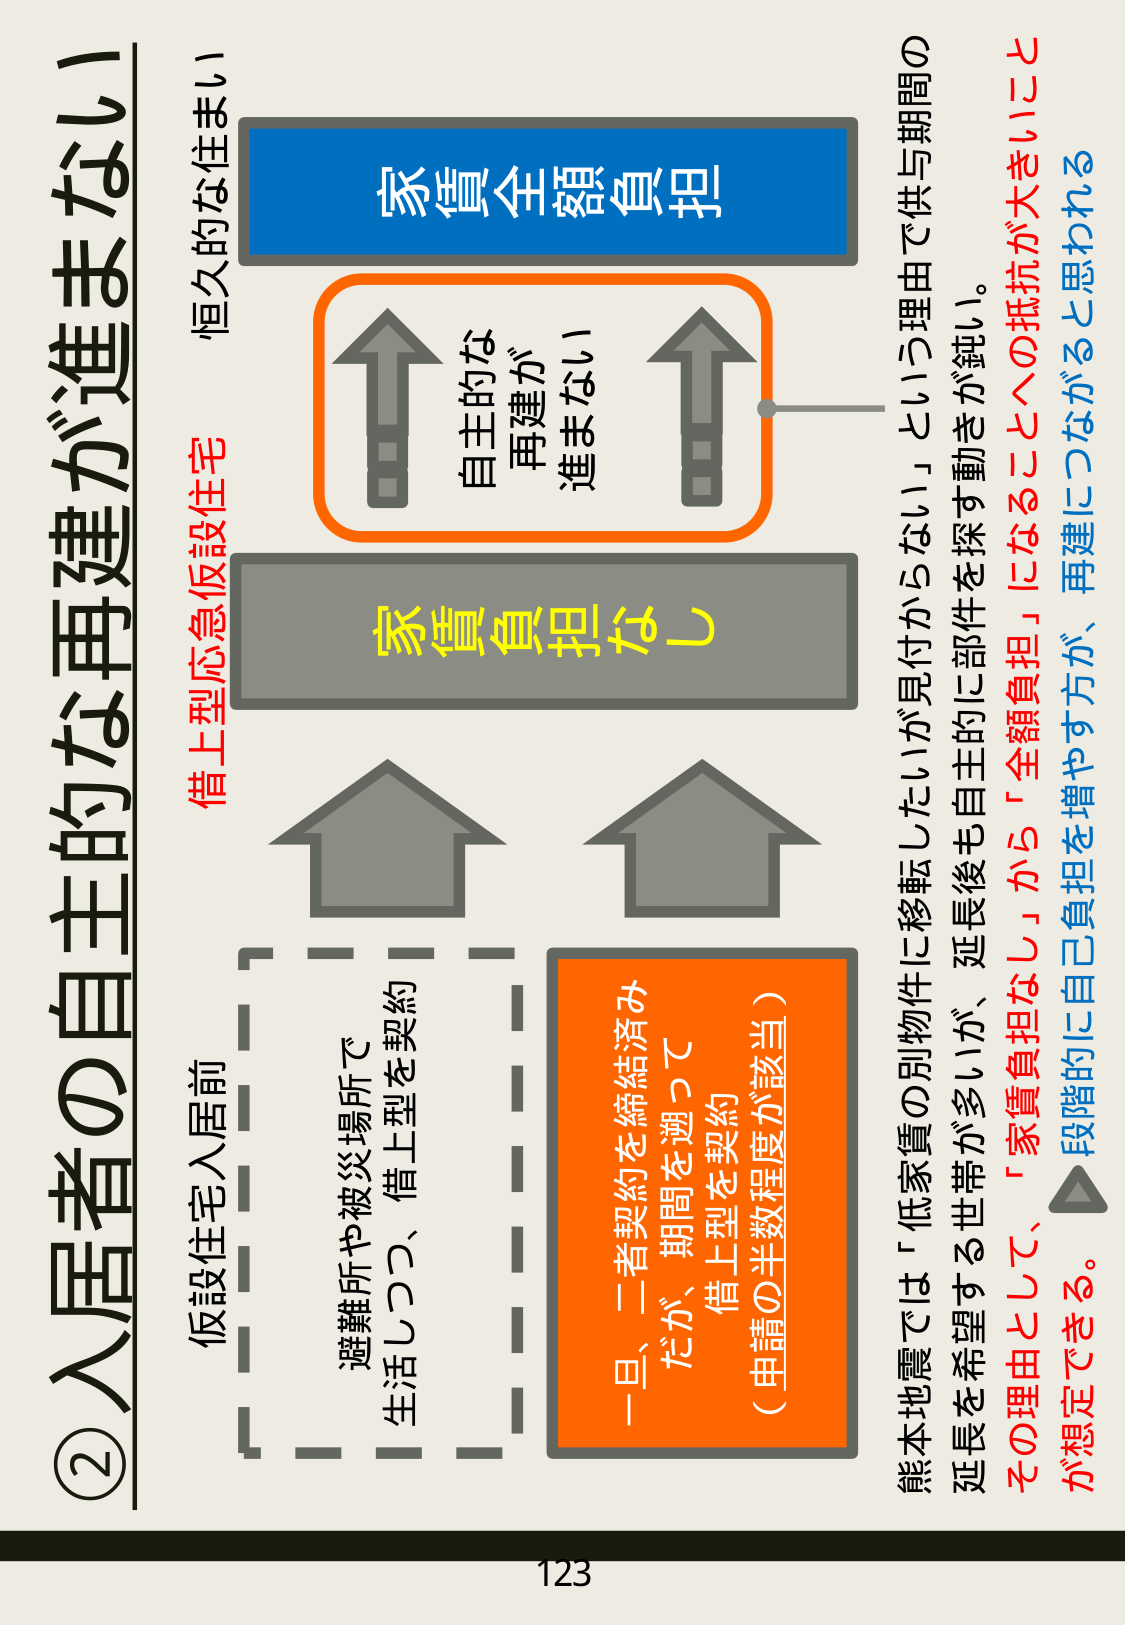
②入居者の自主的な再建が進まない

仮設住宅入居前
避難所や被災場所で
生活しつつ、借上型を契約

借上型応急仮設住宅
恒久的な住まい

家賃全額負担

自主的な
再建が
進まない

家賃負担なし

一旦、二者契約を締結済み
だが、期間を満って
借上型を契約
（申請の半数程度が該当）

熊本地震では「低家賃の別物件に移転したいが見付からない」という理由で供与期間の
延長を希望する世帯が多いが、延長後も自主的に部件を探す動きが鈍い。
その理由として、「家賃負担なし」から「全額負担」になることへの抵抗が大きいこと
が想定できる。△段階的に自己負担を増やす方が、再建につながると思われる。

123